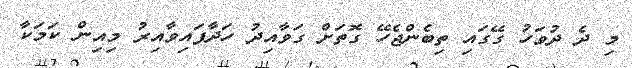
މި ދެ ދުވަހު ގޭގައި ތިބެންޖެހޭ ގޮތަށް ގަވާއިދު ހަދާފައިވާއިރު މިއިން ކަމަކާ